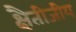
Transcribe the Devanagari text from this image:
क्षैतीजीय